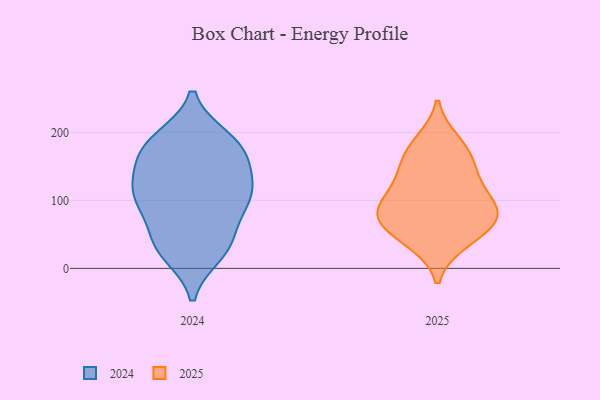
{"axis": {"x": "Demand Index", "y": "Value"}, "legend": ["2024", "2025"], "data": [{"x": "", "y": 44, "type": "2025"}, {"x": "", "y": 175, "type": "2025"}, {"x": "", "y": 80, "type": "2025"}, {"x": "", "y": 155, "type": "2025"}, {"x": "", "y": 123, "type": "2025"}, {"x": "", "y": 76, "type": "2025"}, {"x": "", "y": 186, "type": "2025"}, {"x": "", "y": 106, "type": "2025"}, {"x": "", "y": 139, "type": "2025"}, {"x": "", "y": 84, "type": "2025"}, {"x": "", "y": 39, "type": "2025"}, {"x": "", "y": 82, "type": "2025"}, {"x": "", "y": 67, "type": "2025"}, {"x": "", "y": 37, "type": "2024"}, {"x": "", "y": 86, "type": "2024"}, {"x": "", "y": 190, "type": "2024"}, {"x": "", "y": 181, "type": "2024"}, {"x": "", "y": 107, "type": "2024"}, {"x": "", "y": 35, "type": "2024"}, {"x": "", "y": 107, "type": "2024"}, {"x": "", "y": 124, "type": "2024"}, {"x": "", "y": 148, "type": "2024"}, {"x": "", "y": 23, "type": "2024"}, {"x": "", "y": 177, "type": "2024"}, {"x": "", "y": 184, "type": "2024"}, {"x": "", "y": 157, "type": "2024"}, {"x": "", "y": 103, "type": "2024"}, {"x": "", "y": 36, "type": "2024"}, {"x": "", "y": 105, "type": "2024"}]}